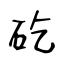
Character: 矻